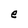
Character: e